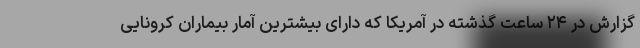
گزارش در ۲۴ ساعت گذشته در آمریکا که دارای بیشترین آمار بیماران کرونایی